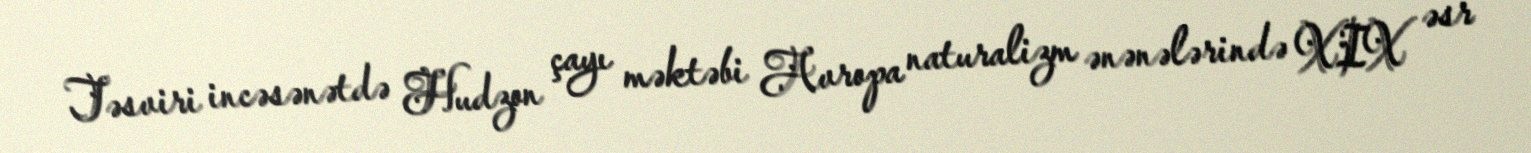
Təsviri incəsənətdə Hudzon çayı məktəbi Avropa naturalizm ənənələrində XIX əsr